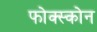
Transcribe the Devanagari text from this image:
फोक्स्कोन